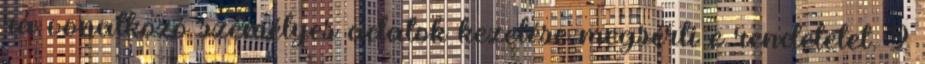
rá vonatkozó személyes adatok kezelése megsérti e rendeletet. 2